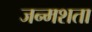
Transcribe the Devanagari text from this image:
जन्मशता